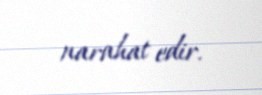
narahat edir.